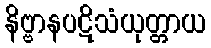
နိဗ္ဗာနပဋိသံယုတ္တာယ